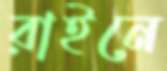
রাইনে